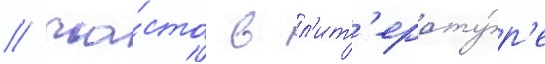
/ ча́сто в л'ит'ерату́р'е